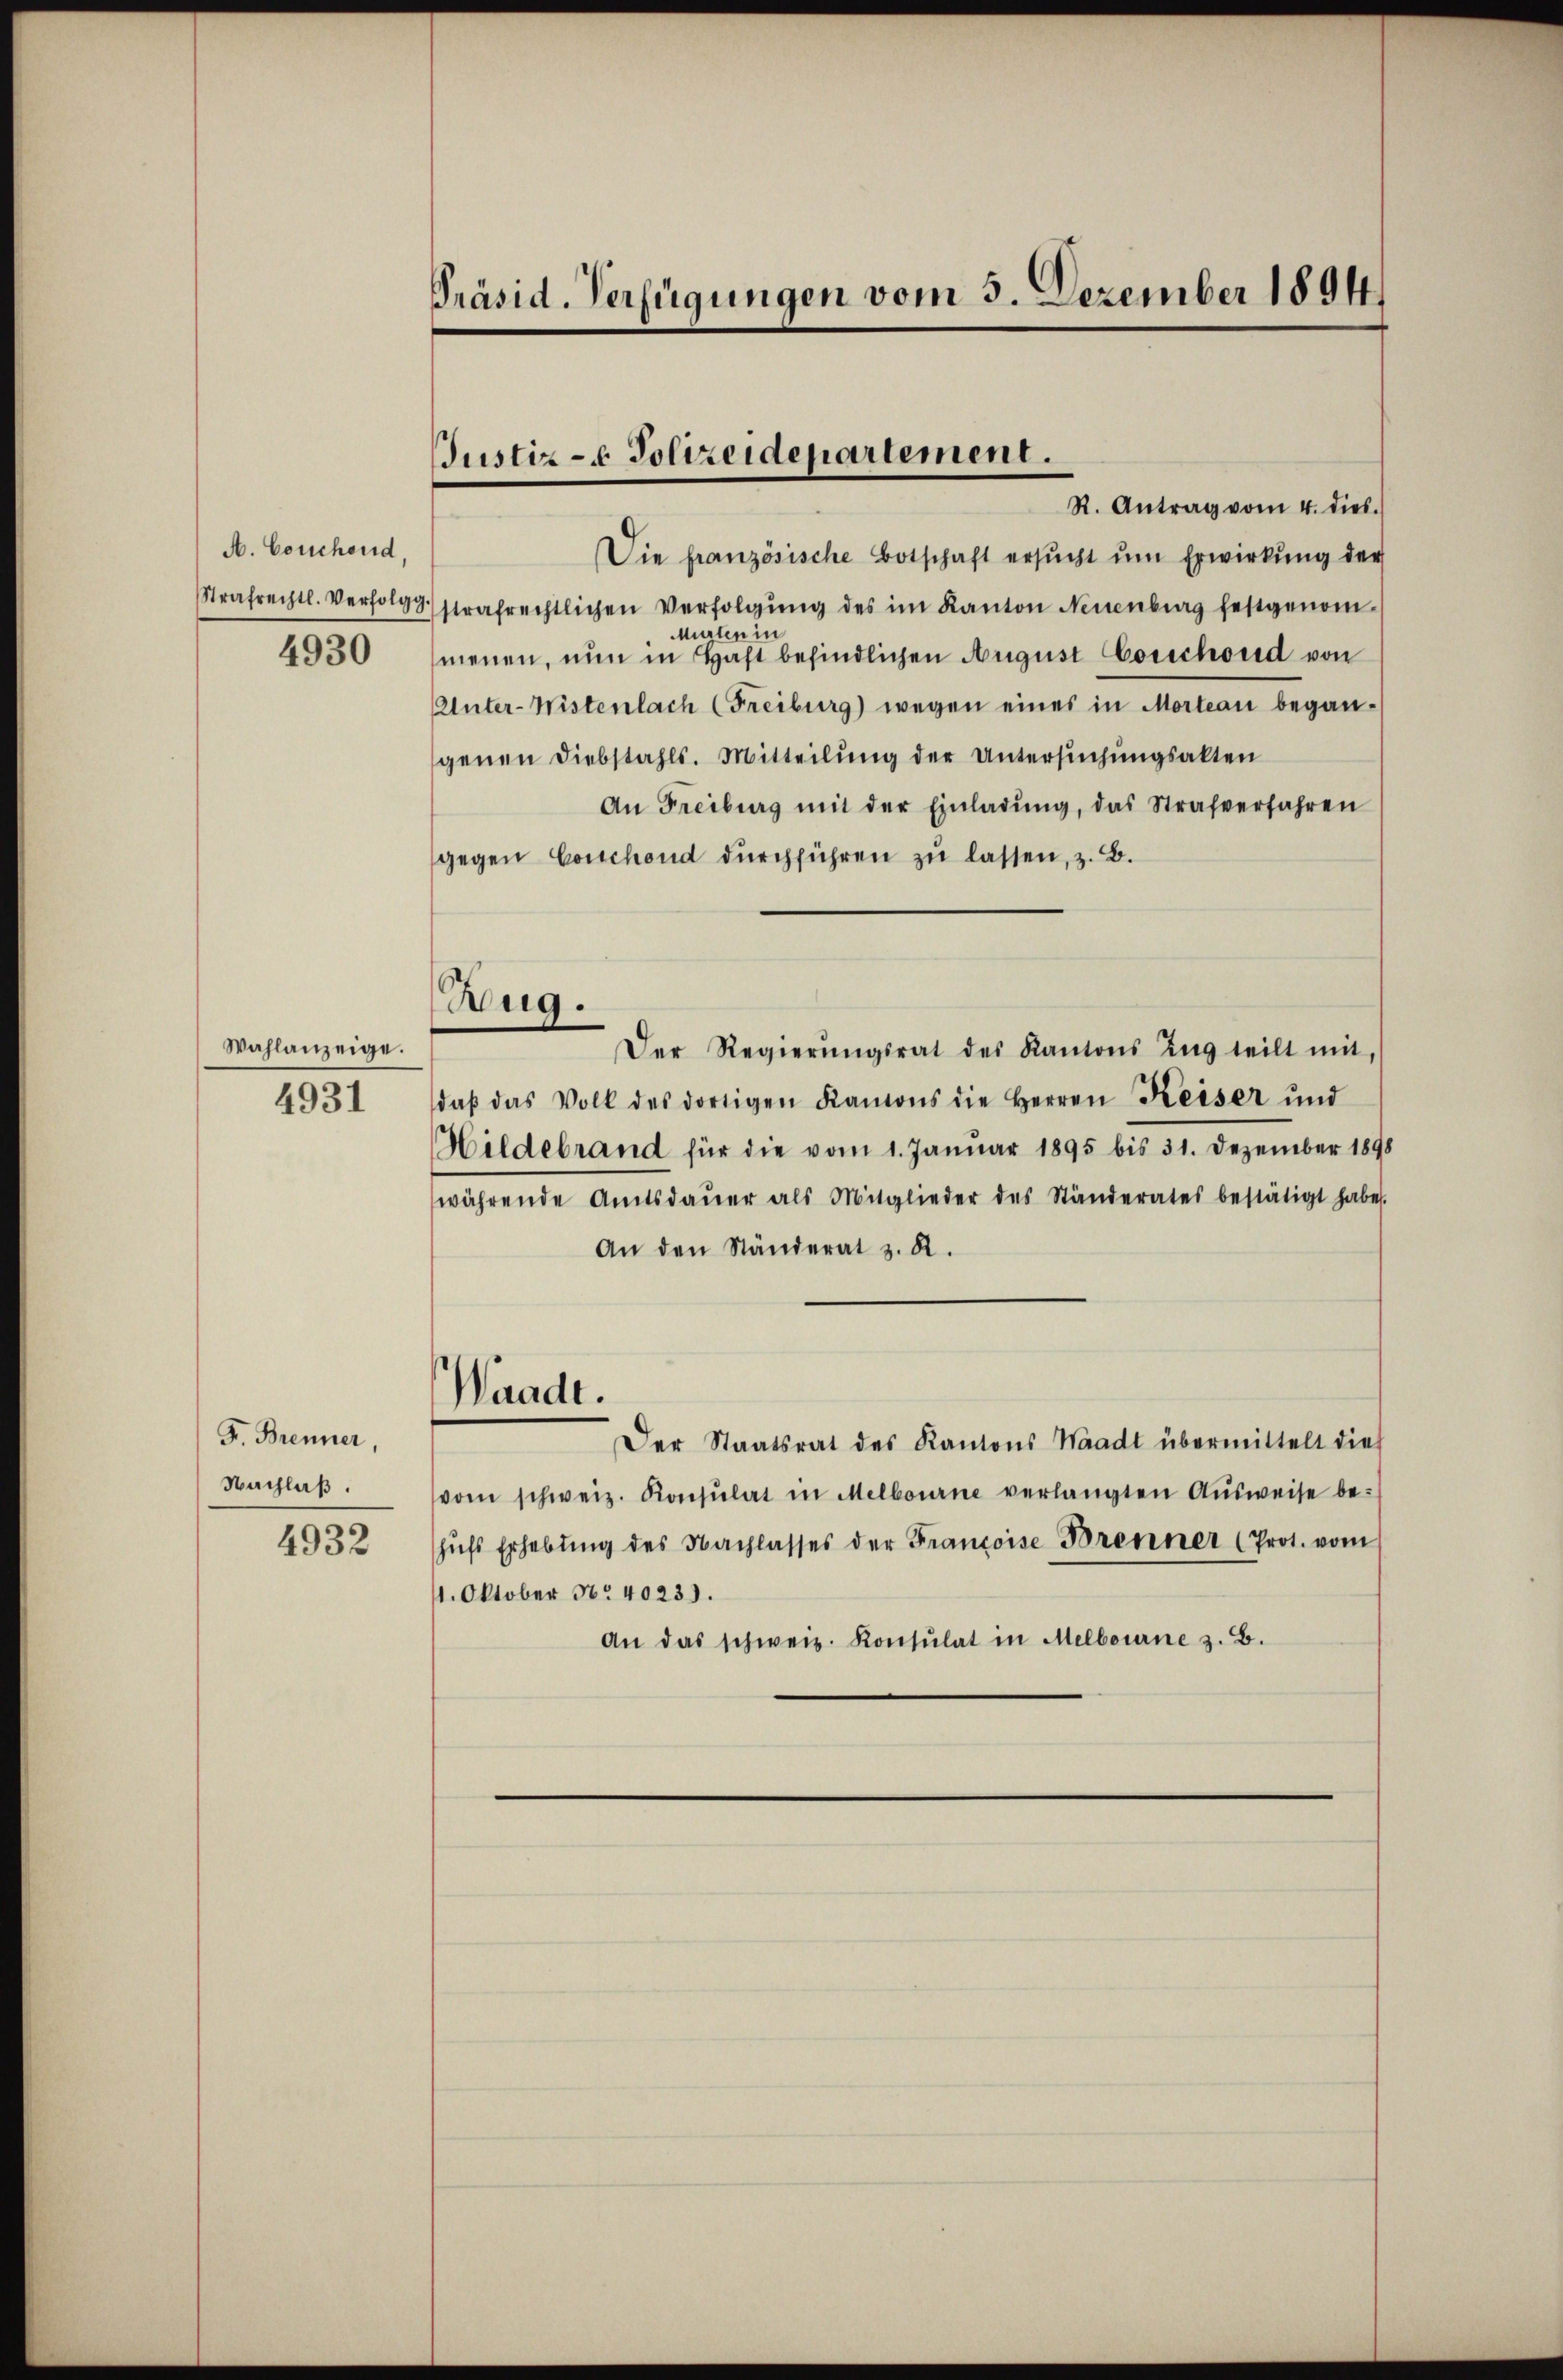
A. Couchend,
Strafrechtl. Verfolg
4930

Wahlanzeige.
4931

F. Brenner,
Nachlaß.
4932

Präsid. Verfügungen vom 5. Dezember 1894

Justiz- & Polizeidepartement.
R. Antrag vom 4. dies.

Zug.

Die französische Botschaft ersŭcht ŭm Erwirkung der
1strafrechtlichen Verfolgŭng des im Kanton Neuenburg festgenom¬
Murten in
menen, nun in Haft befindlichen August Corschond von
Unter-Wistenlach (Freiburg) wegen eines in Morteau began-
genen Diebstahls. Mitteilung der Untersuchungsakten
An Freiburg mit der Einladŭng, das Strafverfahren
gegen Conchend durchführen zu lassen, z. B.
Der Regierŭngsrat des Kantons Zŭg teilt mit,
daβ das Volk des dortigen Kanons die Herren Keiser und
Hildebrand für die vom 1. Januar 1895 bis 31. Dezember 1898
währende Amtsdaŭer als Mitglieder des Ständerates bestätigt habe.
An den Ständerat z. R.
Waadt.
Der Staatsrat des Kantons Waadt übermittelt dies
vom schweiz. Konsulat in Melbourne verlangten Aŭsweise be-
hŭfs Erhebŭng des Nachlasses der Francoise Brenner (Prot. vom
11. Oktober No 4023.
An das schweiz. Konsulat in Melbourne z. B.